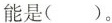
能是( )。